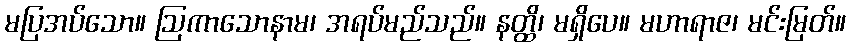
မပြအပ်သော။ ဩကာသောနာမ၊ အရပ်မည်သည်။ နတ္ထိ၊ မရှိပေ။ မဟာရာဇ၊ မင်းမြတ်။